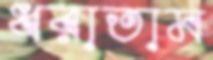
ধরাতাম